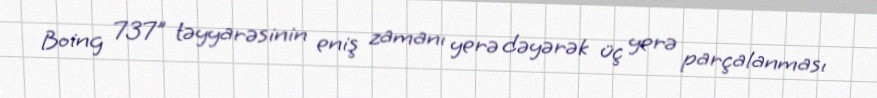
Boing 737" təyyarəsinin eniş zamanı yerə dəyərək üç yerə parçalanması